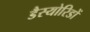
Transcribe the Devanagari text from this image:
डैस्योरिडों